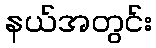
နယ်အတွင်း